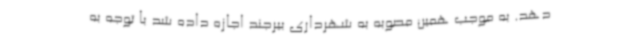
دهد. به موجب همین مصوبه به شهرداری بیرجند اجازه داده شد با توجه به